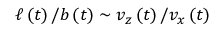
\ell \left( t \right) / b \left( t \right) \sim v _ { z } \left( t \right) / v _ { x } \left( t \right)